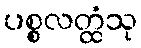
ပစ္စလတ္ထံသု